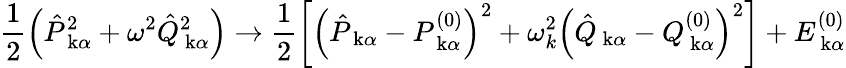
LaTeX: \frac{1}{2}\left(\hat{P}_{\mathrm{\mathbf~k}\alpha}^{2}+\omega^{2}\hat{Q}_{\mathrm{\mathbf~k}\alpha}^{2}\right)\to\frac{1}{2}\left[\left(\hat{P}_{\mathrm{\mathbf~k}\alpha}-P_{\mathrm{\mathbf~k}\alpha}^{(0)}\right)^{2}+\omega_{k}^{2}\left(\hat{Q}_{\mathrm{\mathbf~k}\alpha}-Q_{\mathrm{\mathbf~k}\alpha}^{(0)}\right)^{2}\right]+E_{\mathrm{\mathbf~k}\alpha}^{(0)}